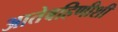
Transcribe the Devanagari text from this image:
आतेबहिणीशी